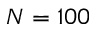
N = 1 0 0